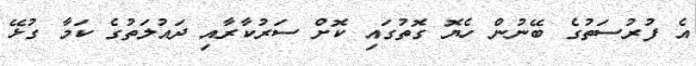
އެ ފުރުސަތުގެ ބޭނުން ހެޔޮ ގޮތުގައި ކޮށް ސަރުކާރާއި ދައުލަތުގެ ކަމާ ގުޅޭ